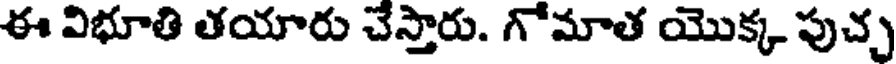
ఈ విభూతి తయారు చేస్తారు. గోమాత యొక్క పుచ్చ